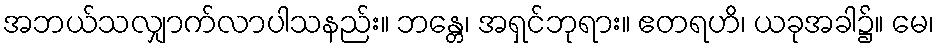
အဘယ်သလျှာက်လာပါသနည်း။ ဘန္တေ၊ အရှင်ဘုရား။ ဧတရဟိ၊ ယခုအခါ၌။ မေ၊